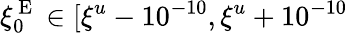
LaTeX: \xi_{0}^{\mathrm{~E~}}\in[\xi^{u}-10^{-10},\xi^{u}+10^{-10}